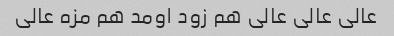
عالی عالی عالی هم زود اومد هم مزه عالی